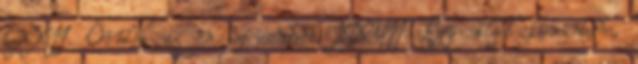
CXXII. Örülök az én szívemben, XXVII. Egy dolgot kívántam,